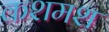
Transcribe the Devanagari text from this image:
कशमश